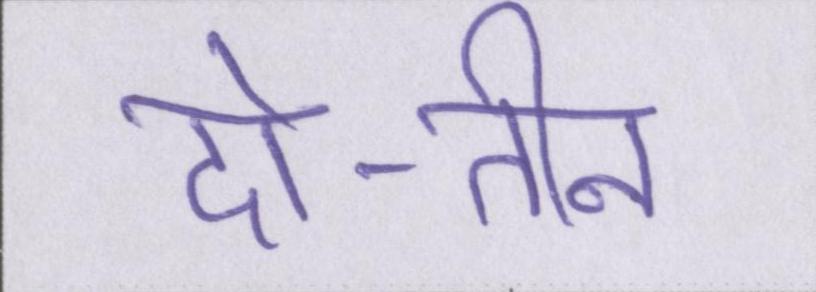
दो-तीन